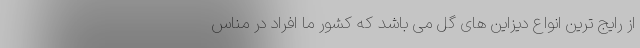
از رایج ترین انواع دیزاین های گل می باشد که کشور ما افراد در مناس